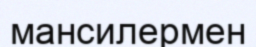
мансилермен